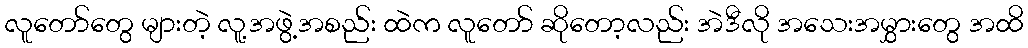
လူတော်တွေ များတဲ့ လူ့အဖွဲ့အစည်း ထဲက လူတော် ဆိုတော့လည်း အဲဒီလို အသေးအမွှားတွေ အထိ